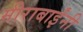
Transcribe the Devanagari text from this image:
मीराबाईंनी